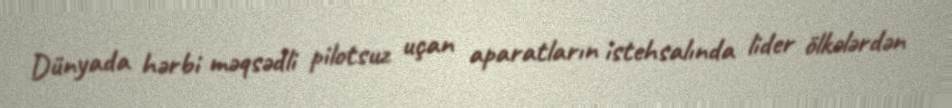
Dünyada hərbi məqsədli pilotsuz uçan aparatların istehsalında lider ölkələrdən